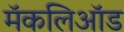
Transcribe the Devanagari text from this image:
मॅकलिऑड